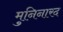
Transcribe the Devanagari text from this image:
मुनिनारद